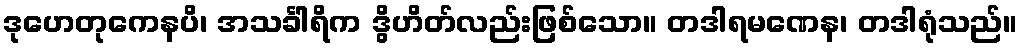
ဒုဟေတုကေနပိ၊ အသင်္ခါရိက ဒွိဟိတ်လည်းဖြစ်သော။ တဒါရမဏေန၊ တဒါရုံသည်။